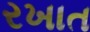
રખાત